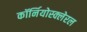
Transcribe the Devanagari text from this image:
कॉर्नियोस्क्लेरल